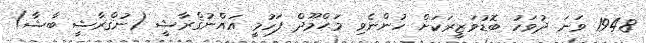
1948 ވަނަ ދުވަހު ބޮޑުވަޒީރަކަށް ހުންނެވި މަޙްމޫދް ފަހުމީ އައްނުޤްރާޝީ (ނުޤްރާޝީ ބާޝާ)